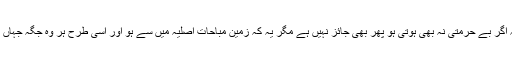
مومنین کی قبروں پر جب کہ اس فعل سے ان کی بے حرمتی ہوتی ہو، بلکہ اگر بے حرمتی نہ بھی ہوتی ہو پھر بھی جائز نہیں ہے مگر یہ کہ زمین مباحات اصلیہ میں سے ہو اور اسی طرح ہر وہ جگہ جہاں رفع حاجت دین یا مذہب کے مقدسات کی بے حرمتی کا سبب ہو حرام ہے ۔